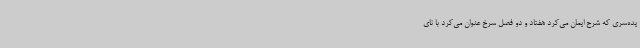
یده‌سری که شرح ایمان می‌کرد هفتاد و دو فصل سرخ عنوان می‌کرد با نای